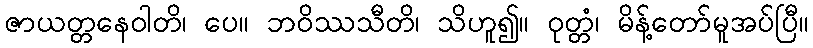
ဇာယတ္တနေဝါတိ၊ ပေ။ ဘဝိဿသီတိ၊ သိဟူ၍။ ဝုတ္တံ၊ မိန့်တော်မူအပ်ပြီ။